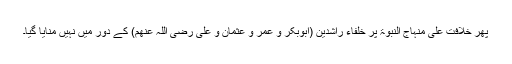
پھر خلافت علی منہاج النبوۃ پر خلفاء راشدین (ابوبکر و عمر و عثمان و علی رضی اللہ عنھم) کے دور میں نہیں منایا گیا۔